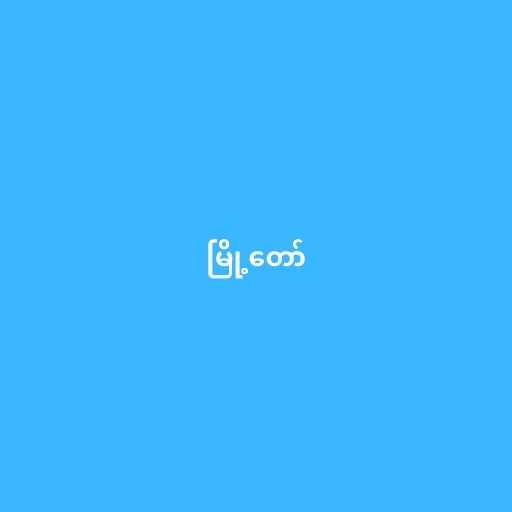
မြို့တော်